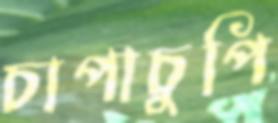
চাপাচুপি